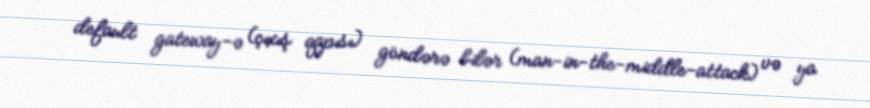
default gateway-ə (çıxış qapısı) göndərə bilər (man-in-the-middle-attack) və ya